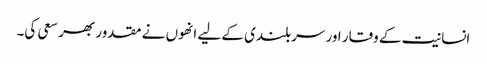
انسانیت کے وقار اور سربلندی کے لیے انھوں نے مقدور بھر سعی کی۔